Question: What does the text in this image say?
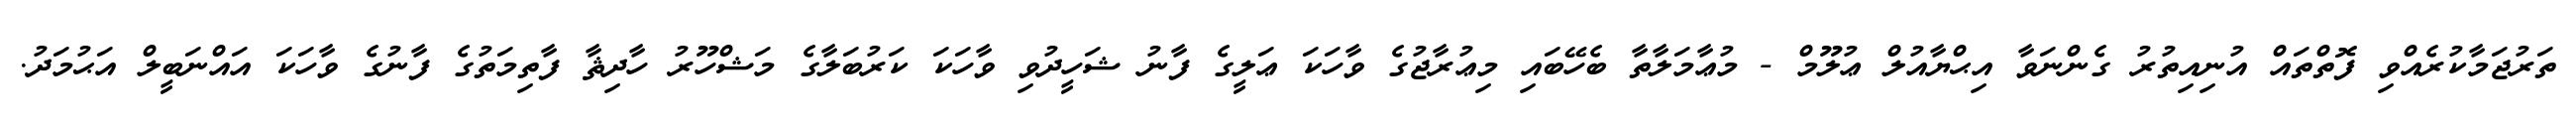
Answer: ތަރުޖަމާކުރެއްވި ފޮތްތައް އުނިއިތުރު ގެންނަވާ އިޙްޔާއުލް ޢުލޫމް - މުޢާމަލާތާ ބެހޭބައި މިޢުރާޖުގެ ވާހަކަ ޢަލީގެ ފާނު ޝަހީދުވި ވާހަކަ ކަރުބަލާގެ މަޝްހޫރު ހާދިޘާ ފާތިމަތުގެ ފާނުގެ ވާހަކަ އައްނަބީލް އަޙުމަދު.